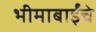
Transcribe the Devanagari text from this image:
भीमाबाईंचे